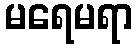
မရေမရာ